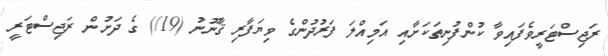
ރަޖިސްޓަރީވެފައިވާ ކުންފުނިތަކަށާއި އަމިއްލަ ފަރުދުންގެ ވިޔަފާރި ޤާނޫނު (19/) ގެ ދަށުން ރަޖިސްޓަރީ